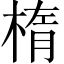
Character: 楕